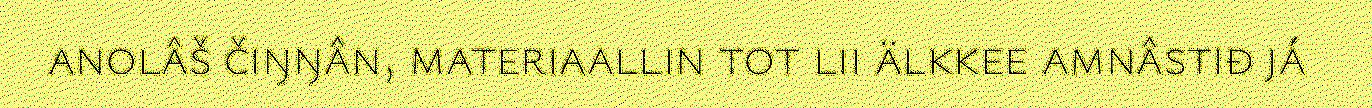
anolâš čiŋŋân, materiaallin tot lii älkkee amnâstiđ já